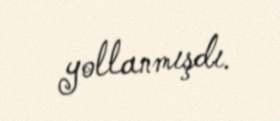
yollanmışdı.